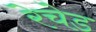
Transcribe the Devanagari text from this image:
रेचेड